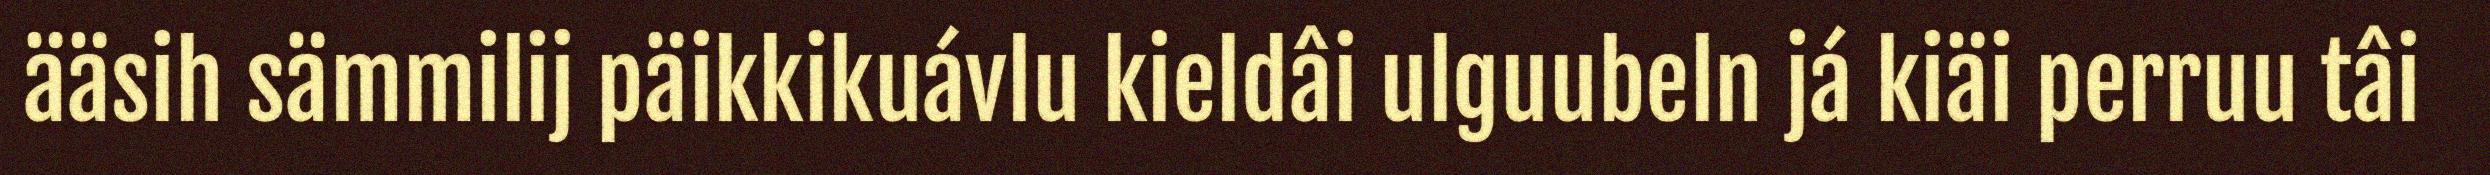
ääsih sämmilij päikkikuávlu kieldâi ulguubeln já kiäi perruu tâi